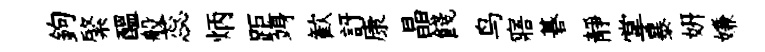
鉤綮醖般蕊炳距竧歓訝康晶餞鸟寤碁靜掌暴妍嫌